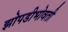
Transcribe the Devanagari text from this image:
झोपडीभोवती